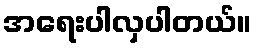
အရေးပါလှပါတယ်။